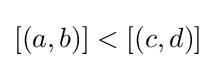
[(a,b)]<[(c,d)]